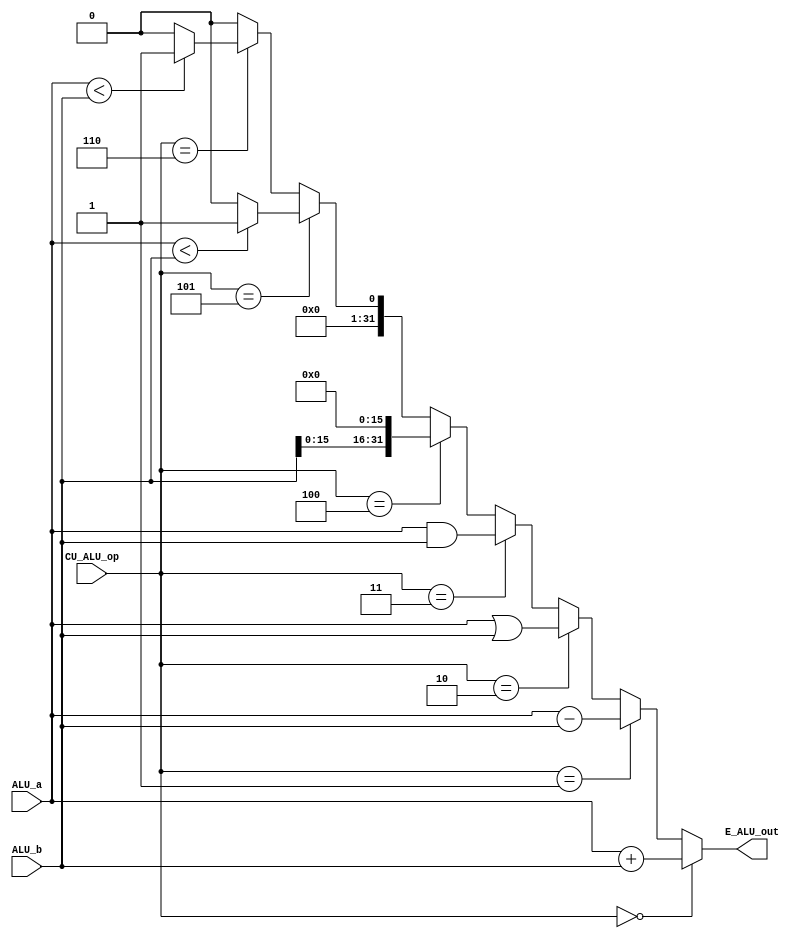
`timescale 1ns / 1ps
//-----------------------------------------------------------------------------
`define aluAdd    4'b0000
`define aluSub    4'b0001
`define aluOr     4'b0010
`define aluAnd    4'b0011
`define aluLui    4'b0100
`define aluSlt    4'b0101
`define aluSltu   4'b0110
//-------------------------------------------------------------------------------


//------------------------------------------------------------------------
module E_ALU(
    input [31:0] ALU_a,
    input [31:0] ALU_b,
    input [3:0] CU_ALU_op,
    output [31:0] E_ALU_out
    );
//---------------------------------------------------------------------------------	
      


//function-----------------------------------------------------------------------------------
    wire [32:0] unsigned_a = {1'b0, ALU_a};
    wire [32:0] unsigned_b = {1'b0, ALU_b};    

    wire [31:0] sltResult = ($signed(ALU_a) < $signed(ALU_b)) ? 32'H0000_0001 : 32'H0000_0000;
//--------------------------------------------------------------------------------------



//select_area----------------------------------------------------------------------    
    assign E_ALU_out = (CU_ALU_op == `aluAdd) ? ALU_a + ALU_b :           //
                     (CU_ALU_op == `aluSub) ? ALU_a - ALU_b :           //
                     (CU_ALU_op == `aluOr) ? ALU_a | ALU_b :            //
                     (CU_ALU_op == `aluAnd) ? ALU_a & ALU_b :           //
                     (CU_ALU_op == `aluLui) ? {ALU_b[15:0], 16'H0000} : //60
                     (CU_ALU_op == `aluSlt) ? sltResult :
                     (CU_ALU_op == `aluSltu) ? (unsigned_a < unsigned_b) ? 32'H0000_0001 : 32'H0000_0000 :
                     32'H0000_0000;
//----------------------------------------------------------------------------------


endmodule